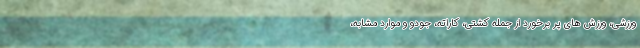
ورزشی، ورزش های پر برخورد از جمله کشتی، کاراته، جودو و موارد مشابه،